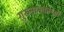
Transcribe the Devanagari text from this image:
गुरुनानकांच्या